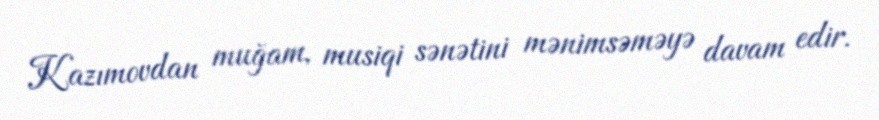
Kazımovdan muğam, musiqi sənətini mənimsəməyə davam edir.